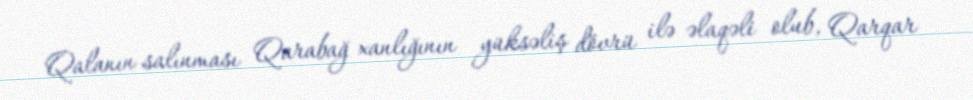
Qalanın salınması Qarabağ xanlığının yüksəliş dövrü ilə əlaqəli olub, Qarqar